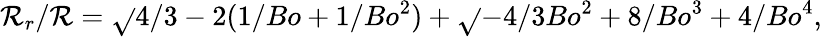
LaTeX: \mathcal{R}_{r}/\mathcal{R}=\sqrt{}{{4/3-2(1/Bo+1/Bo^{2})+\sqrt{}{{-4/3Bo^{2}+8/Bo^{3}+4/Bo^{4}}}}},